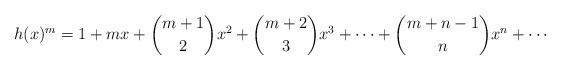
LaTeX: \begin{align*}h(x)^{m} = 1+ mx + \binom{m+1}{2}x^{2} + \binom{m+2}{3}x^{3} + \cdots + \binom{m+n-1}{n}x^{n} + \cdots\end{align*}